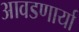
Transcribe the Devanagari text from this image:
आवडणार्या